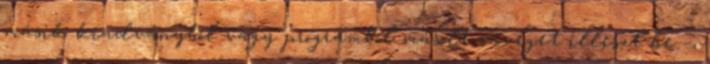
másik kiadványból vagy programból másolt szöveget illeszt be –,